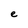
Character: e